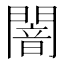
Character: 闇